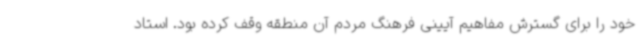
خود را برای گسترش مفاهیم آیینی فرهنگ مردم آن منطقه وقف کرده بود. استاد